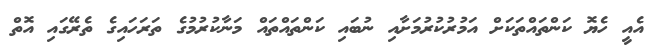
އެއީ ހެޔޮ ކަންތައްތަކަށް އަމުރުކުރުމަށާއި ނުބައި ކަންތައްތައް މަނާކުރުމުގެ ތަރަަހައިގެ ތެރޭގައި އޮތް